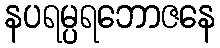
နပရမ္ပရဘောဇနေ